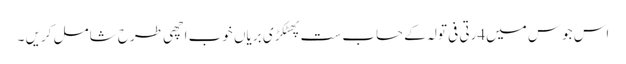
اس جوس میں4رتی فی تولہ کے حساب ست پھٹکڑی بریاں خوب اچھی طرح شامل کریں ۔